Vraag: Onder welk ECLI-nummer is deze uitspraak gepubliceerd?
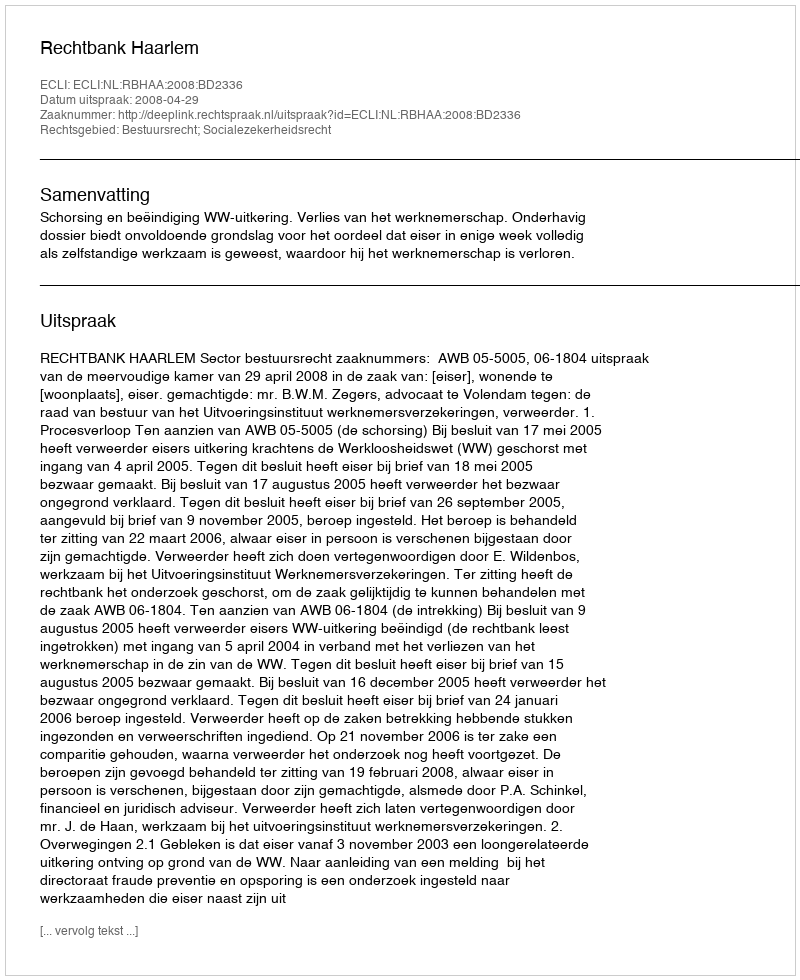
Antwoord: ECLI:NL:RBHAA:2008:BD2336